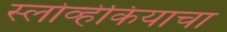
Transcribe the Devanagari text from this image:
स्लोव्हेकियाचा